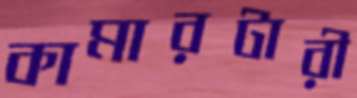
কামারটারী